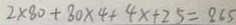
2 \times 8 0 + 8 0 \times 4 + 4 x + 2 5 = 8 6 5